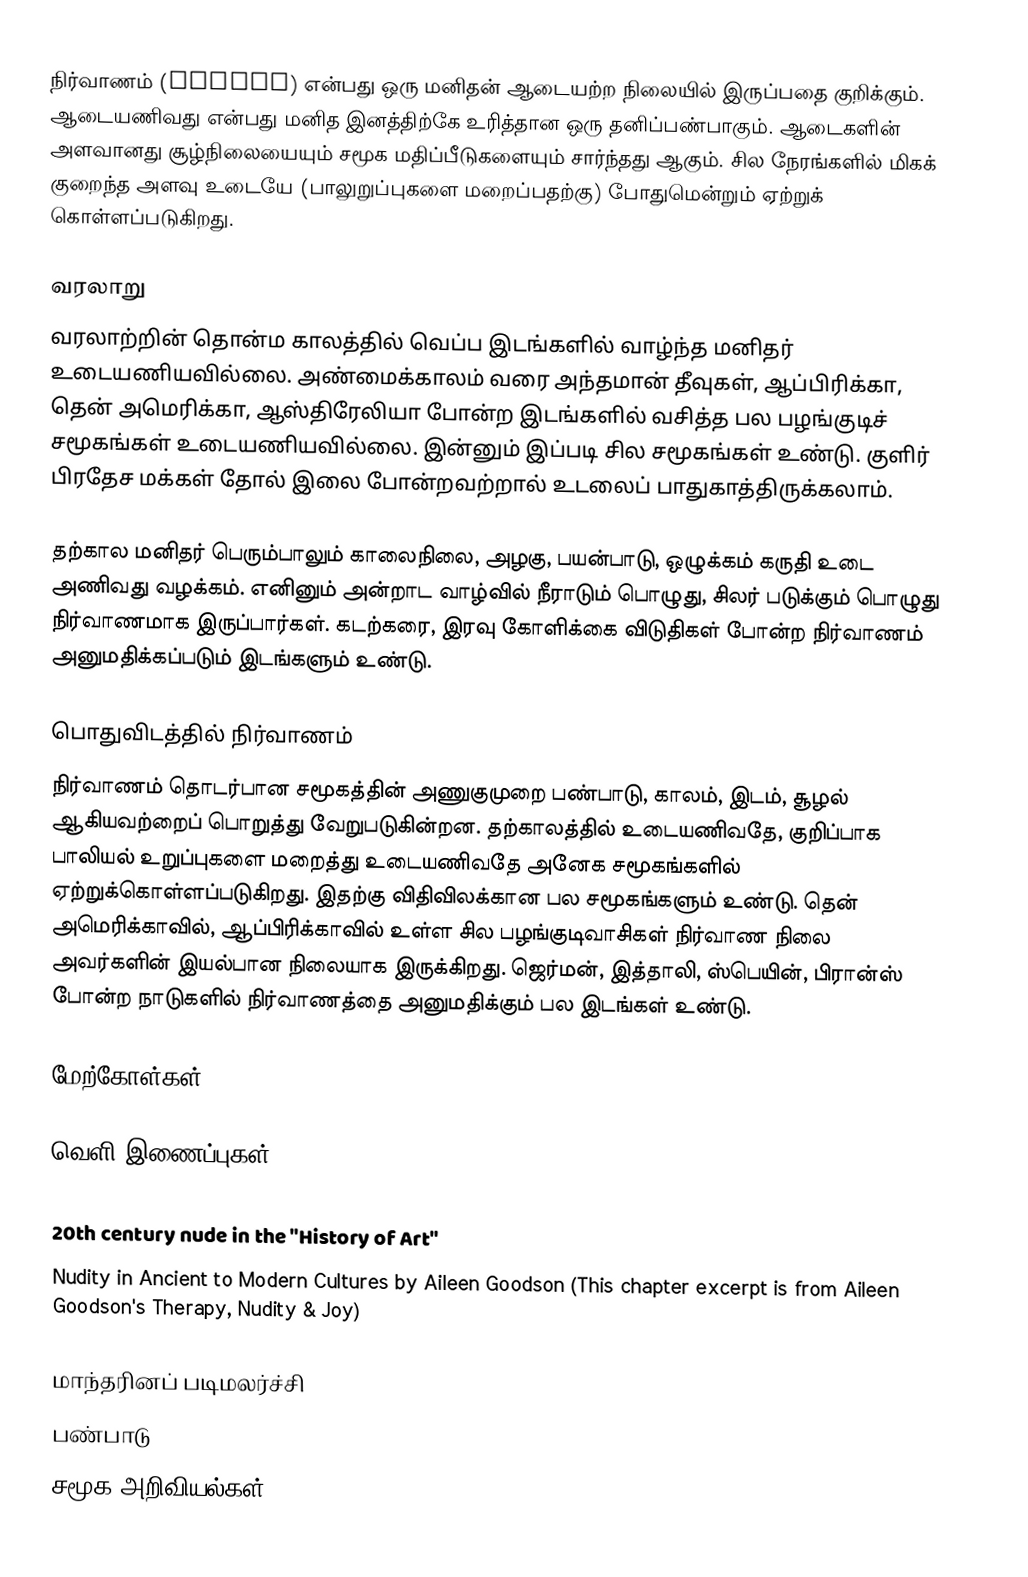
நிர்வாணம் (Nudity) என்பது ஒரு மனிதன் ஆடையற்ற நிலையில் இருப்பதை குறிக்கும். ஆடையணிவது என்பது மனித இனத்திற்கே உரித்தான ஒரு தனிப்பண்பாகும். ஆடைகளின் அளவானது சூழ்நிலையையும் சமூக மதிப்பீடுகளையும் சார்ந்தது ஆகும். சில நேரங்களில் மிகக் குறைந்த அளவு உடையே (பாலுறுப்புகளை மறைப்பதற்கு) போதுமென்றும் ஏற்றுக் கொள்ளப்படுகிறது.

வரலாறு
வரலாற்றின் தொன்ம காலத்தில் வெப்ப இடங்களில் வாழ்ந்த மனிதர் உடையணியவில்லை. அண்மைக்காலம் வரை அந்தமான் தீவுகள், ஆப்பிரிக்கா, தென் அமெரிக்கா, ஆஸ்திரேலியா போன்ற இடங்களில் வசித்த பல பழங்குடிச் சமூகங்கள் உடையணியவில்லை. இன்னும் இப்படி சில சமூகங்கள் உண்டு. குளிர் பிரதேச மக்கள் தோல் இலை போன்றவற்றால் உடலைப் பாதுகாத்திருக்கலாம்.

தற்கால மனிதர் பெரும்பாலும் காலைநிலை, அழகு, பயன்பாடு, ஒழுக்கம் கருதி உடை அணிவது வழக்கம். எனினும் அன்றாட வாழ்வில் நீராடும் பொழுது, சிலர் படுக்கும் பொழுது நிர்வாணமாக இருப்பார்கள். கடற்கரை, இரவு கோளிக்கை விடுதிகள் போன்ற நிர்வாணம் அனுமதிக்கப்படும் இடங்களும் உண்டு.

பொதுவிடத்தில் நிர்வாணம்
நிர்வாணம் தொடர்பான சமூகத்தின் அணுகுமுறை பண்பாடு, காலம், இடம், சூழல் ஆகியவற்றைப் பொறுத்து வேறுபடுகின்றன. தற்காலத்தில் உடையணிவதே, குறிப்பாக பாலியல் உறுப்புகளை மறைத்து உடையணிவதே அனேக சமூகங்களில் ஏற்றுக்கொள்ளப்படுகிறது. இதற்கு விதிவிலக்கான பல சமூகங்களும் உண்டு. தென் அமெரிக்காவில், ஆப்பிரிக்காவில் உள்ள சில பழங்குடிவாசிகள் நிர்வாண நிலை அவர்களின் இயல்பான நிலையாக இருக்கிறது. ஜெர்மன், இத்தாலி, ஸ்பெயின், பிரான்ஸ் போன்ற நாடுகளில் நிர்வாணத்தை அனுமதிக்கும் பல இடங்கள் உண்டு.

மேற்கோள்கள்

வெளி இணைப்புகள்

 20th century nude in the "History of Art"
 Nudity in Ancient to Modern Cultures by Aileen Goodson  (This chapter excerpt is from Aileen Goodson's Therapy, Nudity & Joy)

மாந்தரினப் படிமலர்ச்சி
பண்பாடு
சமூக அறிவியல்கள்